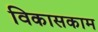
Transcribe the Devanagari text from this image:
विकासकाम